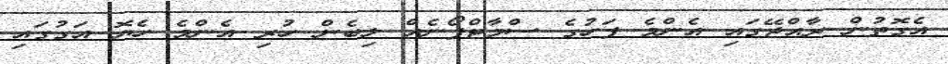
އެގޮތުން ރާއްޖޭގައި އެންމެ ފަހުގެ ސްމާޓްފޯނެއް ލިބެން ހުރި އެންމެ ހެޔޮ އަގުގައި